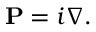
\mathbf { P } = i \nabla .